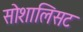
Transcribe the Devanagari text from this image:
सोशालिसट